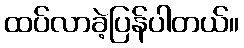
ထပ်လာခဲ့ပြန်ပါတယ်။